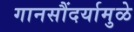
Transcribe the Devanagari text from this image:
गानसौंदर्यामुळे